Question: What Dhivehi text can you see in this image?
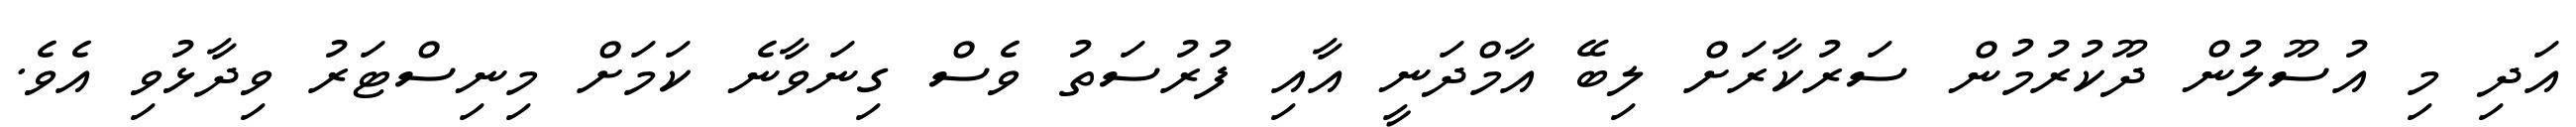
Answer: އަދި މި އުސޫލުން ދޫކުރުމުން ސަރުކާރަށް ލިބޭ އާމްދަނީ އާއި ފުރުސަތު ވެސް ގިނަވާނެ ކަމަށް މިނިސްޓަރު ވިދާޅުވި އެވެ.